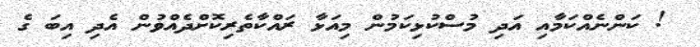
! ކަންނެއްކަމާއި އަދި މުސްކުޅިކަމުން މިއަޅާ ރައްކާތެރިކޮށްދެއްވުން އެދި އިބަ ގެ